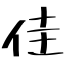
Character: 佳